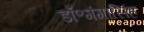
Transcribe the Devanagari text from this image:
डॉ॰गंगासिंह